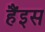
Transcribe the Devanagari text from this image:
हैंइस